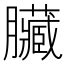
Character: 臟